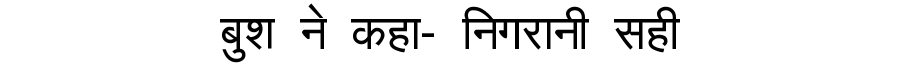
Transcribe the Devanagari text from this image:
बुश ने कहा- निगरानी सही